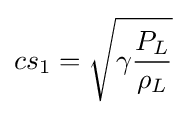
cs_{1}={\sqrt {\gamma {\frac {P_{L}}{\rho _{L}}}}}